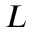
L